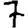
Digit: 7